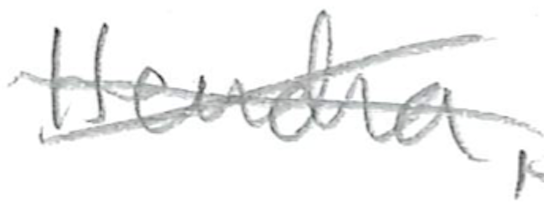
Text: Hendra,
Cross-out: cross
Writing tool: pencil